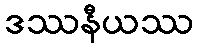
ဒဿနီယဿ